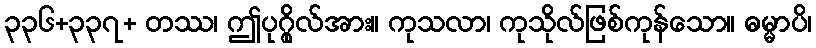
၃၃၆+၃၃၇+ တဿ၊ ဤပုဂ္ဂိုလ်အား။ ကုသလာ၊ ကုသိုလ်ဖြစ်ကုန်သော။ ဓမ္မာပိ၊